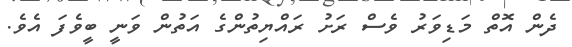
ދެން އޮތް މަޑިވަރު ވެސް ރަށު ރައްޔިތުންގެ އަތުން ވަނީ ބީވެފަ އެވެ.